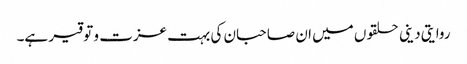
روایتی دینی حلقوں میں ان صاحبان کی بہت عزت و توقیر ہے۔